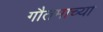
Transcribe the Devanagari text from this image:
गौतमाच्या